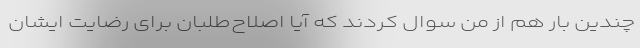
چندین بار هم از من سوال کردند که آیا اصلاح‌طلبان برای رضایت ایشان